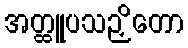
အတ္ထူပသဉှိတော